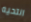
التحيه